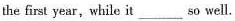
the first year,while it___so well.